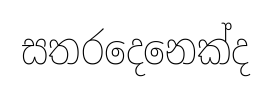
සතරදෙනෙක්ද